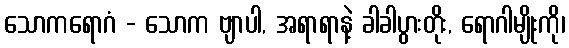
သောကရောဂံ - သောက ဗျာပါ, အရာရာနဲ့ ခါခါပွားတိုး, ရောဂါမျိုးကို၊